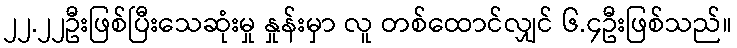
၂၂.၂၂ဦးဖြစ်ပြီးသေဆုံးမှု နှုန်းမှာ လူ တစ်ထောင်လျှင် ၆.၄ဦးဖြစ်သည်။